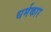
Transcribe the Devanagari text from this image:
धर्मकार